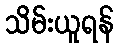
သိမ်းယူရန်